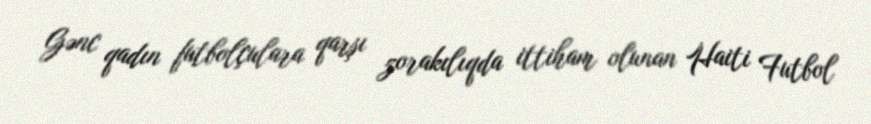
Gənc qadın futbolçulara qarşı zorakılıqda ittiham olunan Haiti Futbol